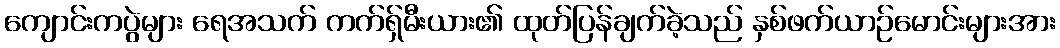
ကျောင်းကပွဲများ ရေအသက် ကက်ရှ်မီးယား၏ ထုတ်ပြန်ချက်ခဲ့သည် နှစ်ဖက်ယာဉ်မောင်းများအား